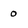
Character: 0